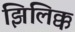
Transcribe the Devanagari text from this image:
झिलिक्क